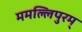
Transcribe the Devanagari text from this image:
ममल्लिपुरम्